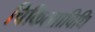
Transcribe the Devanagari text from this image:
चिकित्साविधि